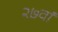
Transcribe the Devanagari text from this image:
२७वां